Medical and sanitary report of the native army of Bengal for the year
Year: 1875
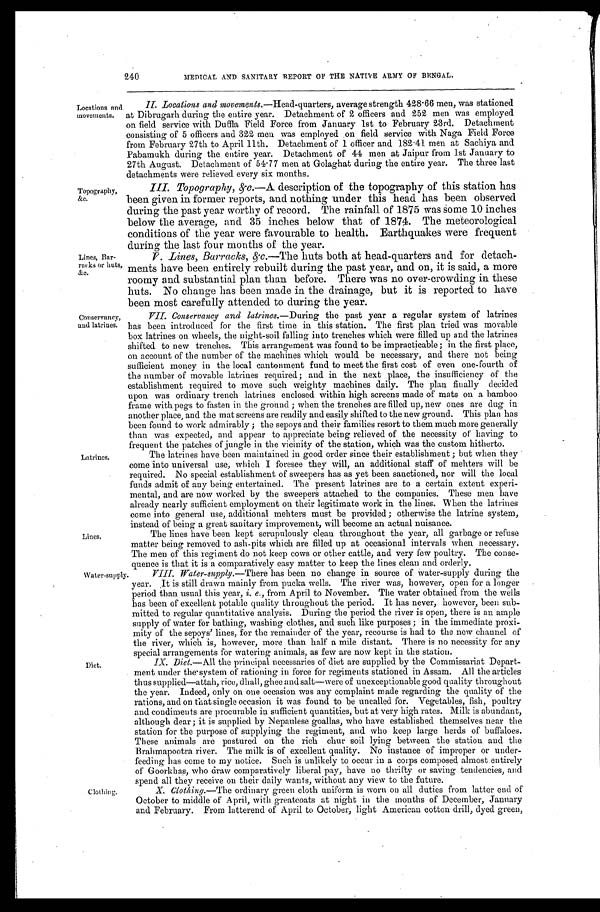
240
MEDICAL AND SANITARY REPORT OF THE NATIVE ARMY OF BENGAL.
Locations and
movements.
Topography,
&c.
Lines, Bar
-racks or huts,
&c.
Conservancy,
and latrines.
Latrines.
Lines.
Wat er-suppl y.
Diet.
Clothing.
II. Locations and movements. —Head-quarters, average strength 428.66 men, was stationed
at Dibrugarh during the entire year. Detachment of 2 officers and 252 men was employed
on field service with Duffla Field Force from January 1st to February 23rd. Detachment
consisting of 5 officers and 322 men was employed on field service with Naga Field Force
from February 27th to April 11th. Detachment of 1 officer and 182.41 men at Sachiya and
Pabamukh during the entire year. Detachment of 44 men at Jaipur from 1st January to
27th August. Detachment of 54.77 men at Golaghat during the entire year. The three last
detachments were relieved every six months.
III. Topography, &c.—A description of the topography of this station has
been given in former reports, and nothing under this head has been observed
during the past year worthy of record. The rainfall of 1875 was some 10 inches
below the average, and 35 inches below that of 1874. The meteorological
conditions of the year were favourable to health. Earthquakes were frequent
during the last four months of the year.
V. Lines, Barracks, &c. —The huts both at head-quarters and for detach
- m e n t s h a v e b e e n e n t i r e l y r e b u i l t d u r i n g t h e p a s t y e a r , a n d o n , i t i s s a i d , a m o r e
roomy and substantial plan than before. There was no over-crowding in these
huts. No change has been made in the drainage, but it is reported to have
been most carefully attended to during the year.
VII. Conservancy and latrines. —During the past year a regular system of latrines
has been introduced for the first time in this station. The first plan tried was movable
box latrines on wheels, the night-soil falling into trenches which were filled up and the latrines
shifted to new trenches. This arrangement was found to be impracticable; in the first place,
on account of the number of the machines which would be necessary, and there not being
sufficient money in the local cantonment fund to meet the first cost of even one-fourth of
the number of movable latrines required; and in the next place, the insufficiency of the
establishment required to move such weighty machines daily. The plan finally decided
upon was ordinary trench latrines enclosed within high screens made of mats on a bamboo
frame with pegs to fasten in the ground; when the trenches are filled up, new ones are dug in
another place, and the mat screens are readily and easily shifted to the new ground. This plan has
been found to work admirably; the sepoys and their families resort to them much more generally
than was expected, and appear to appreciate being relieved of the necessity of having to
frequent the patches of jungle in the vicinity of the station, which was the custom hitherto.
The latrines have been maintained in good order since their establishment; but when they
come into universal use, which I foresee they will, an additional staff of mehters will be
required. No special establishment of sweepers has as yet been sanctioned, nor will the local
funds admit of any being entertained. The present latrines are to a certain extent experi
-mental, and are now worked by the sweepers attached to the companies. These men have
already nearly sufficient employment on their legitimate work in the lines. When the latrines
come into general use, additional mehters must be provided; otherwise the latrine system,
instead of being a great sanitary improvement, will become an actual nuisance.
The lines have been kept scrupulously clean throughout the year, all garbage or refuse
matter being removed to ash-pits which are filled up at occasional intervals when necessary.
The men of this regiment do not keep cows or other cattle, and very few poultry. The conse
-quence is that it is a comparatively easy matter to keep the lines clean and orderly.
VIII. Water-supply. —There has been no change in source of water-supply during the
year. It is still drawn mainly from pucka wells. The river was, however, open for a longer
period than usual this year, i . e . ,
f r o m A p r i l t o N o v e m b e r . T h e w a t e r o b t a i n e d f r o m t h e w e l l s
has been of excellent potable quality throughout the period. It has never, however, been sub
-mitted to regular quantitative analysis. During the period the river is open, there is an ample
supply of water for bathing, washing clothes, and such like purposes; in the immediate proxi
-mity of the sepoys' lines, for the remainder of the year, recourse is had to the new channel of
the river, which is, however, more than half a mile distant. There is no necessity for any
special arrangements for watering animals, as few are now kept in the station.
IX. Diet. —All the principal necessaries of diet are supplied by the Commissariat Depart
- m e n t u n d e r t h e s y s t e m o f r a t i o n i n g i n f o r c e f o r r e g i m e n t s s t a t i o n e d i n A s s a m . A l l t h e a r t i c l e s
thus supplied—attah, rice, dhall, ghee and salt—were of unexceptionable good quality throughout
the year. Indeed, only on one occasion was any complaint made regarding the quality of the
rations, and on that single occasion it was found to be uncalled for. Vegetables, fish, poultry
and condiments are procurable in sufficient quantities, but at very high rates. Milk is abundant,
although dear; it is supplied by Nepaulese goallas, who have established themselves near the
station for the purpose of supplying the regiment, and who keep large herds of buffaloes.
These animals are pastured on the rich chur soil lying between the station and the
Brahmapootra river. The milk is of excellent quality. No instance of improper or under
-feeding has come to my notice. Such is unlikely to occur in a corps composed almost entirely
of Goorkhas, who draw comparatively liberal pay, have no thrifty or saving tendencies, and
spend all they receive on their daily wants, without any view to the future.
X. Clothing.—The ordinary green cloth uniform is worn on all duties from latter end of
October to middle of April, with greatcoats at night in the mouths of December, January
and February. From latterend of April to October, light American cotton drill, dyed green,